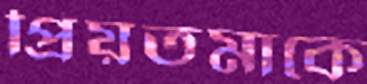
প্রিয়তমাকে